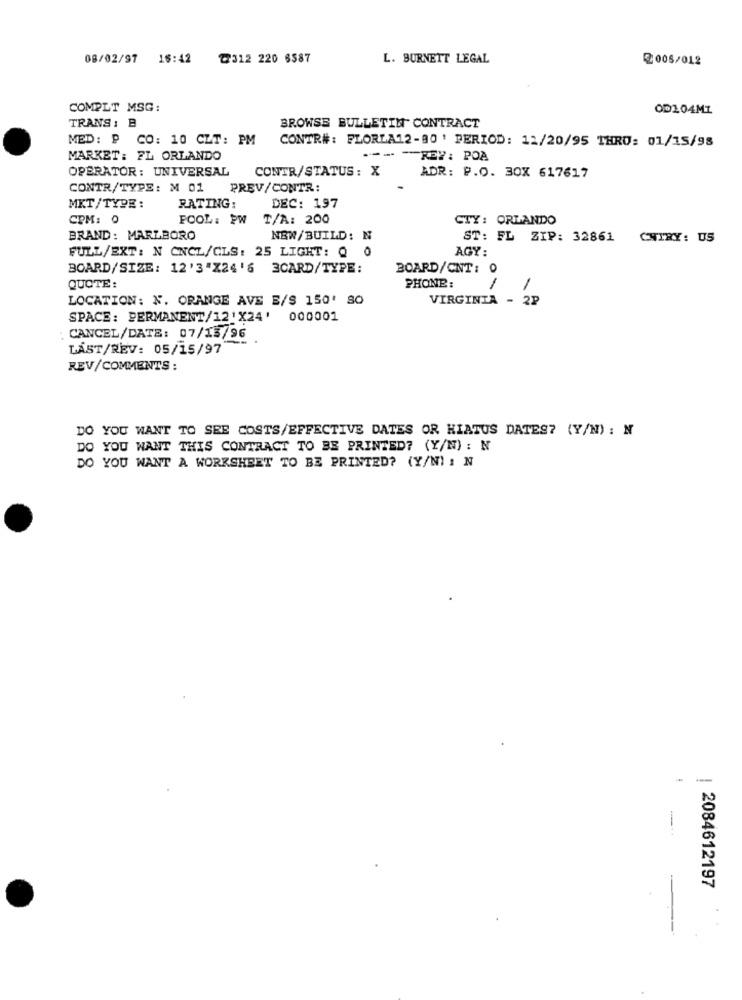
08/02/97
16:42
₾312 220 6587
L. BURNETT LEGAL
2005/012
COMPLT MSG:
OD104MI
TRANS: B
BROWSE BULLETIN CONTRACT
MED: P CO: 10 CLT: PM
CONTR#: FLORLA12-80' PERIOD: 12/20/95 THRO: 01/15/98
MARKET: FL ORLANDO
-- - REZ: POA
OPERATOR: UNIVERSAL
CONTR/STATUS: X
ADR: P.O. 30X 617617
CONTR/TYPE: M 01
PREV/CONTR:
MKT/TYPE:
RATING:
DEC: 197
CPM: 0
POOL: PW
T/A: 200
CTY: ORLANDO
BRAND: MARLBORO
NEW/BUILD: N
ST: FL ZIP: 32861
CNTRY: US
AGY:
FULL/EXT: N CNCL/CLS: 25 LIGHT: Q 0
BOARD/SIZE: 12'3"X24'6 3CARD/TYPE:
BOARD/CNT: 0
QUOTE
PHONE:
1
1
LOCATION: N. ORANGE AVE E/S 150' SO
VIRGINIA - 2₽
SPACE: PERMANENT/12'X24'
000001
CANCEL/DATE: 07/13/96
LÁST/REV: 05/15/97
REV/COMMENTS :
DO YOU WANT TO SEE COSTS/EFFECTIVE DATES OR HIATUS DATES? (Y/N) : N
DO YOU WANT THIS CONTRACT TO BE PRINTED? (Y/N) : N
DO YOU WANT A WORKSHEET TO BE PRINTED? (Y/N) : N
-
-
| 2084612197